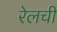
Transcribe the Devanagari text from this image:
रेलची